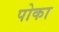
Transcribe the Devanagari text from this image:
पोका